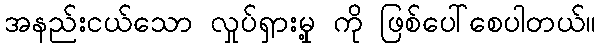
အနည်းငယ်သော လှုပ်ရှားမှု့ ကို ဖြစ်ပေါ်စေပါတယ်။